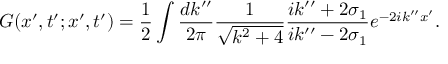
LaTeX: G ( x ^ { \prime } , t ^ { \prime } ; x ^ { \prime } , t ^ { \prime } ) = \frac { 1 } { 2 } \int \frac { d k ^ { \prime \prime } } { 2 \pi } \frac { 1 } { \sqrt { k ^ { 2 } + 4 } } \frac { i k ^ { \prime \prime } + 2 \sigma _ { 1 } } { i k ^ { \prime \prime } - 2 \sigma _ { 1 } } e ^ { - 2 i k ^ { \prime \prime } x ^ { \prime } } .